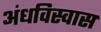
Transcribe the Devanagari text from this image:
अंधविस्वास